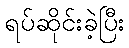
ရပ်ဆိုင်းခဲ့ပြီး